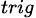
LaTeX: _{trig}